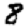
Digit: 8